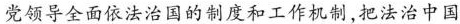
党领导全面依法治国的制度和工作机制，把法治中国